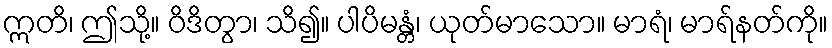
ဣတိ၊ ဤသို့။ ဝိဒိတွာ၊ သိ၍။ ပါပိမန္တံ၊ ယုတ်မာသော။ မာရံ၊ မာရ်နတ်ကို။